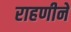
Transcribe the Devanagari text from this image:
राहणीने